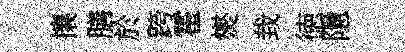
攘膳於跨霍爕㘽徳隱